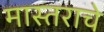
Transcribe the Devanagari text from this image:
मास्तराचे